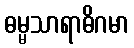
ဓမ္မသာရာဓိဂမာ